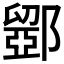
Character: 𮠋